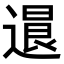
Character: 𨕻